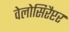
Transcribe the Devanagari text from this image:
वेलोसिरैप्टर